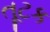
તૂટક